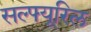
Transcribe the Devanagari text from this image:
सल्फ्यूरिल